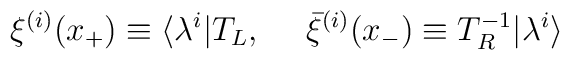
\xi^{(i)} (x_+) \equiv \langle \lambda^i | T_L ,{}~~~~\bar{ \xi }^{(i)} (x_-) \equiv T^{-1}_R | \lambda^i \rangle